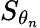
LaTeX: S_{\theta_{n}}